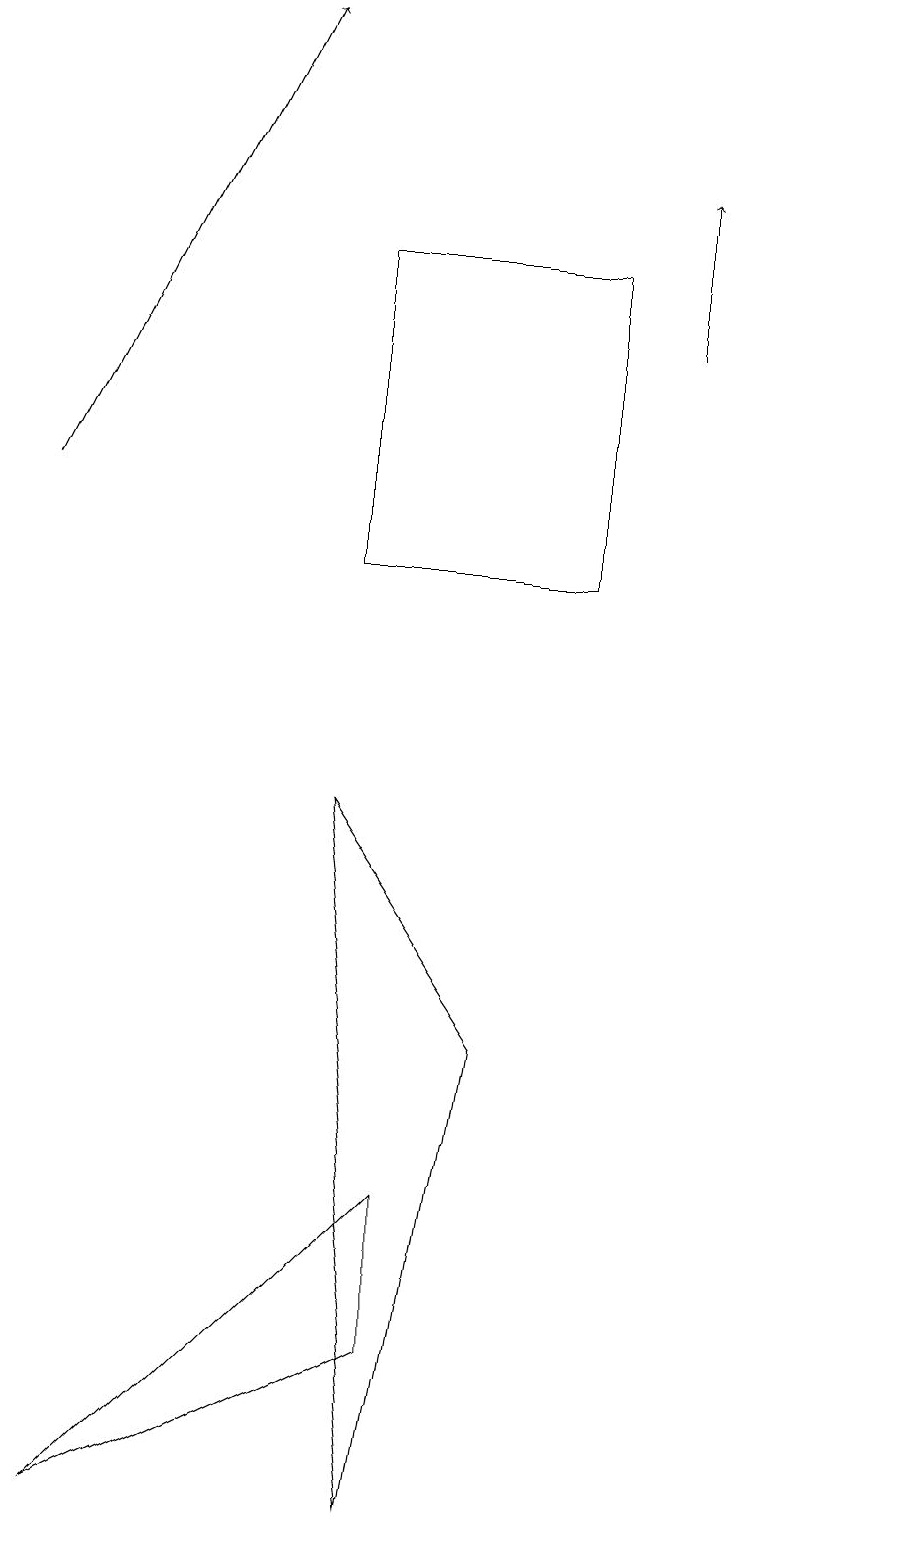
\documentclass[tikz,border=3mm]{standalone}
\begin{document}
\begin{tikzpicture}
\draw[->] (1,13) -- (4,19);
\draw[->] (9,15) -- (9,17);
\draw (6,2) -- (2,0) -- (6,4) -- cycle;
\draw (12,11) circle (0);
\draw (5,12) rectangle (8,16);
\draw (7,6) -- (6,0) -- (5,9) -- cycle;
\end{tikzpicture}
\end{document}